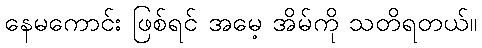
နေမကောင်း ဖြစ်ရင် အမေ့ အိမ်ကို သတိရတယ်။